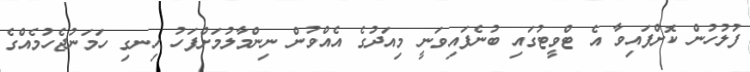
ފުލުހުން ކޮށްފައިވާ އެ ޓްވީޓުގައި ބުނެފައިވަނީ މިއަދުގެ އެއްވުން ނިންމާލުމަށްފަހު ހިނގި ހަމަނުޖެހުމެއްގެ